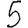
Digit: 5